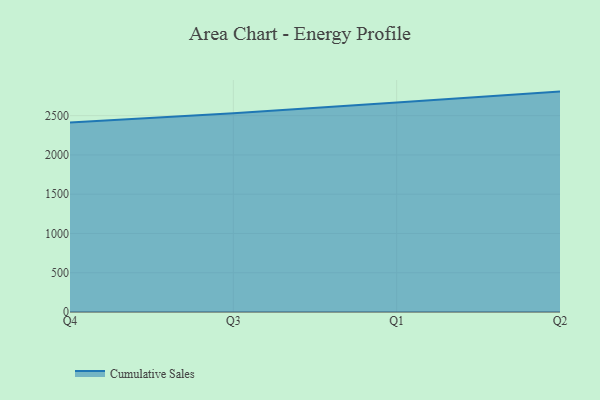
{"axis": {"x": "Quarter", "y": "Net Income (USD K)"}, "legend": ["Cumulative Sales"], "data": [{"x": "Q4", "y": 2413.7, "type": "Cumulative Sales"}, {"x": "Q3", "y": 2531.1, "type": "Cumulative Sales"}, {"x": "Q1", "y": 2666.8, "type": "Cumulative Sales"}, {"x": "Q2", "y": 2806.5, "type": "Cumulative Sales"}]}